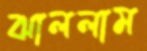
ঝাললাম